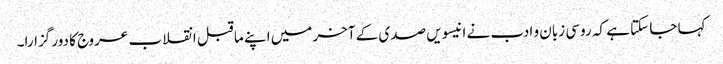
کہا جا سکتا ہے کہ روسی زبان و ادب نے انیسویں صدی کے آخر میں اپنے ما قبل انقلاب عروج کا دور گزارا۔